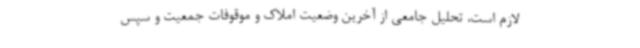
لازم است، تحلیل جامعی از آخرین وضعیت املاک و موقوفات جمعیت و سپس